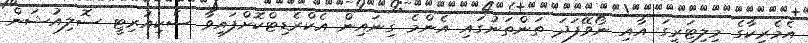
އެމެރިކާގެ މިލިޓަރީގަ އާއި ނޯވޭފަދަ ތަންތަނުގައި އެންމެ ގިނައިން އެކްރެޑިޓްކޮށްފައިވާ ސެކިއުރިޓީ ސޮލިއުޝަން